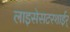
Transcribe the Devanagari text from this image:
लाइसेसटरशाईर्